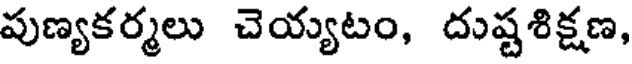
పుణ్యకర్మలు చెయ్యటం, దుష్టశిక్షణ,